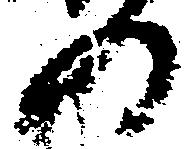
の